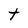
Character: t